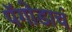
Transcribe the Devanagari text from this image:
पॅगोडाचं